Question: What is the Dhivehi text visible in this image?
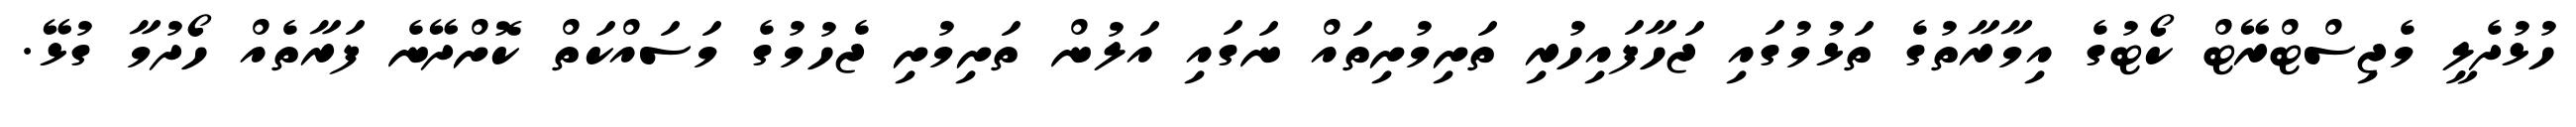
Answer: ހުޅުދެލީ މެޖިސްޓްރޭޓް ކޯޓުގެ އިމާރާތުގެ ތަޅުމުގައި ޖަހާފައިހުރި ތަށިމުށިތައް ނަގައި އަލުން ތަށިމުށި ޖެހުމުގެ މަސައްކަތް ކޮށްދޭނެ ފަރާތެއް ހޯދުމާ ގުޅޭ.